Civil Veterinary Dept. Bombay admin report 1932-41 - 1932-1941
Year: 1932
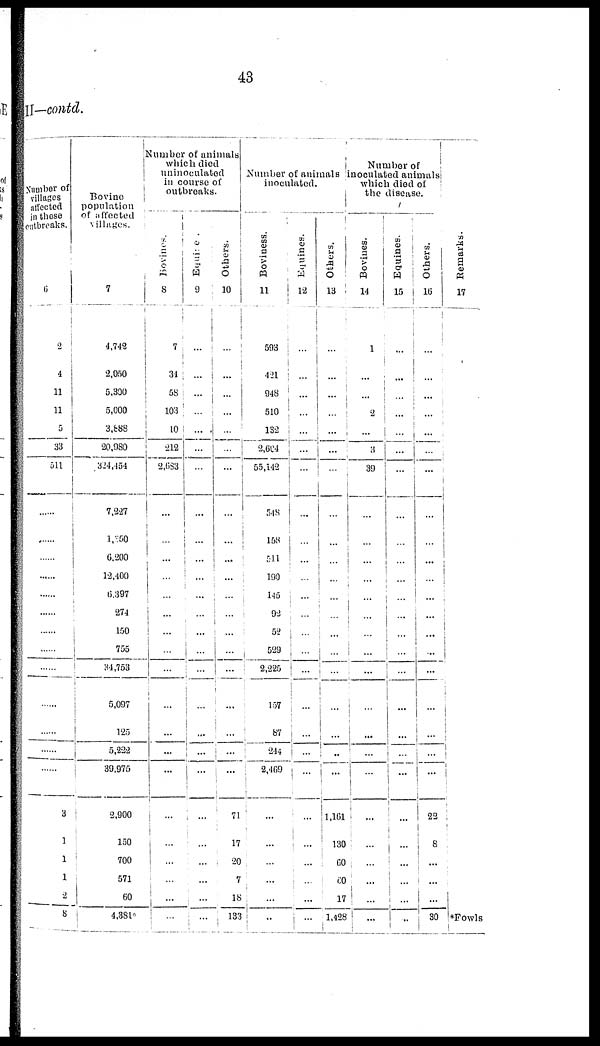
43
II—contd.
Number of
villages
affected
in these
outbreaks.
6
2
4
11
11
5
33
511
......
......
......
......
......
......
......
......
......
......
......
......
......
3
1
1
1
2
8
Bovine
population
of affected
villages.
7
4,742
2,050
5,300
5,000
3,688
20,980
324,454
7,227
1,350
6,200
12,400
6,397
274
150
755
34,753
5,097
125
5,222
39,975
2,900
150
700
571
60
4,381*
lumber of animals
which died
uninoculated
in course of
outbreaks.
Bovines.
8
7
34
58
103
10
212
2,683
...
...
...
...
...
...
...
...
...
...
...
...
...
...
...
...
...
...
Equine
9
...
...
...
...
...
...
...
...
...
...
...
...
...
...
...
...
...
...
...
...
...
...
...
...
...
...
Others.
10
...
...
...
...
...
...
...
...
...
...
...
...
...
...
...
...
...
...
71
17
20
7
18
133
Number of animals
inoculated.
Boviness.
11
593
421
948
510
132
2,604
55,142
548
158
511
190
145
92
52
529
2,225
157
87
244
2,469
...
...
...
...
...
...
Equines.
12
...
...
...
...
...
...
...
...
...
...
...
...
...
.... ...
...
...
...
...
...
...
...
...
...
...
Others.
13
...
...
...
...
...
...
...
...
...
...
...
...
...
...
...
...
...
...
...
...
1,161
130
60
60
17
1,428
Number of
noculated animals
which died of
the disease.
Bovines.
14
1
...
...
2
...
3
39
...
...
...
...
...
...
...
...
...
...
...
...
...
...
...
...
...
...
...
Equines.
15
...
...
...
...
...
...
...
...
...
...
...
...
...
...
...
...
...
...
...
...
...
...
...
... ...
...
...
Others.
16
...
...
...
...
...
...
...
...
...
...
...
...
...
...
...
...
...
...
...
...
22
8
...
...
...
30
Remarks.
17
*Fowls